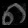
Digit: ၈